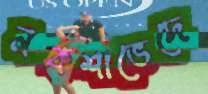
নকশাভেদে